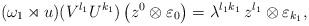
LaTeX: \begin{align*}(\omega_{1}\rtimes u)(V^{l_{1}}U^{k_{1}}) \left(z^{0}\otimes\varepsilon_{0}\right)=\lambda^{l_{1} k_{1}}\,z^{l_{1}}\otimes\varepsilon_{k_{1}},\end{align*}